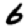
Digit: 6